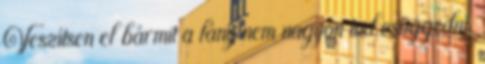
Veszítsen el bármit a lány nem nagyon tud csüggedni.